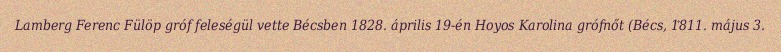
Lamberg Ferenc Fülöp gróf feleségül vette Bécsben 1828. április 19-én Hoyos Karolina grófnőt (Bécs, 1811. május 3.